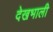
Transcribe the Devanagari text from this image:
देखभाली